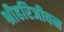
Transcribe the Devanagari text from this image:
श्रीहरिजीवन